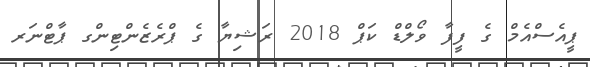
ޕީއެސްއެމް ގެ ފީފާ ވޯލްޑް ކަޕް 2018 ރަޝިޔާ ގެ ޕްރެޒެންޓިންގ ޕާޓްނަރ